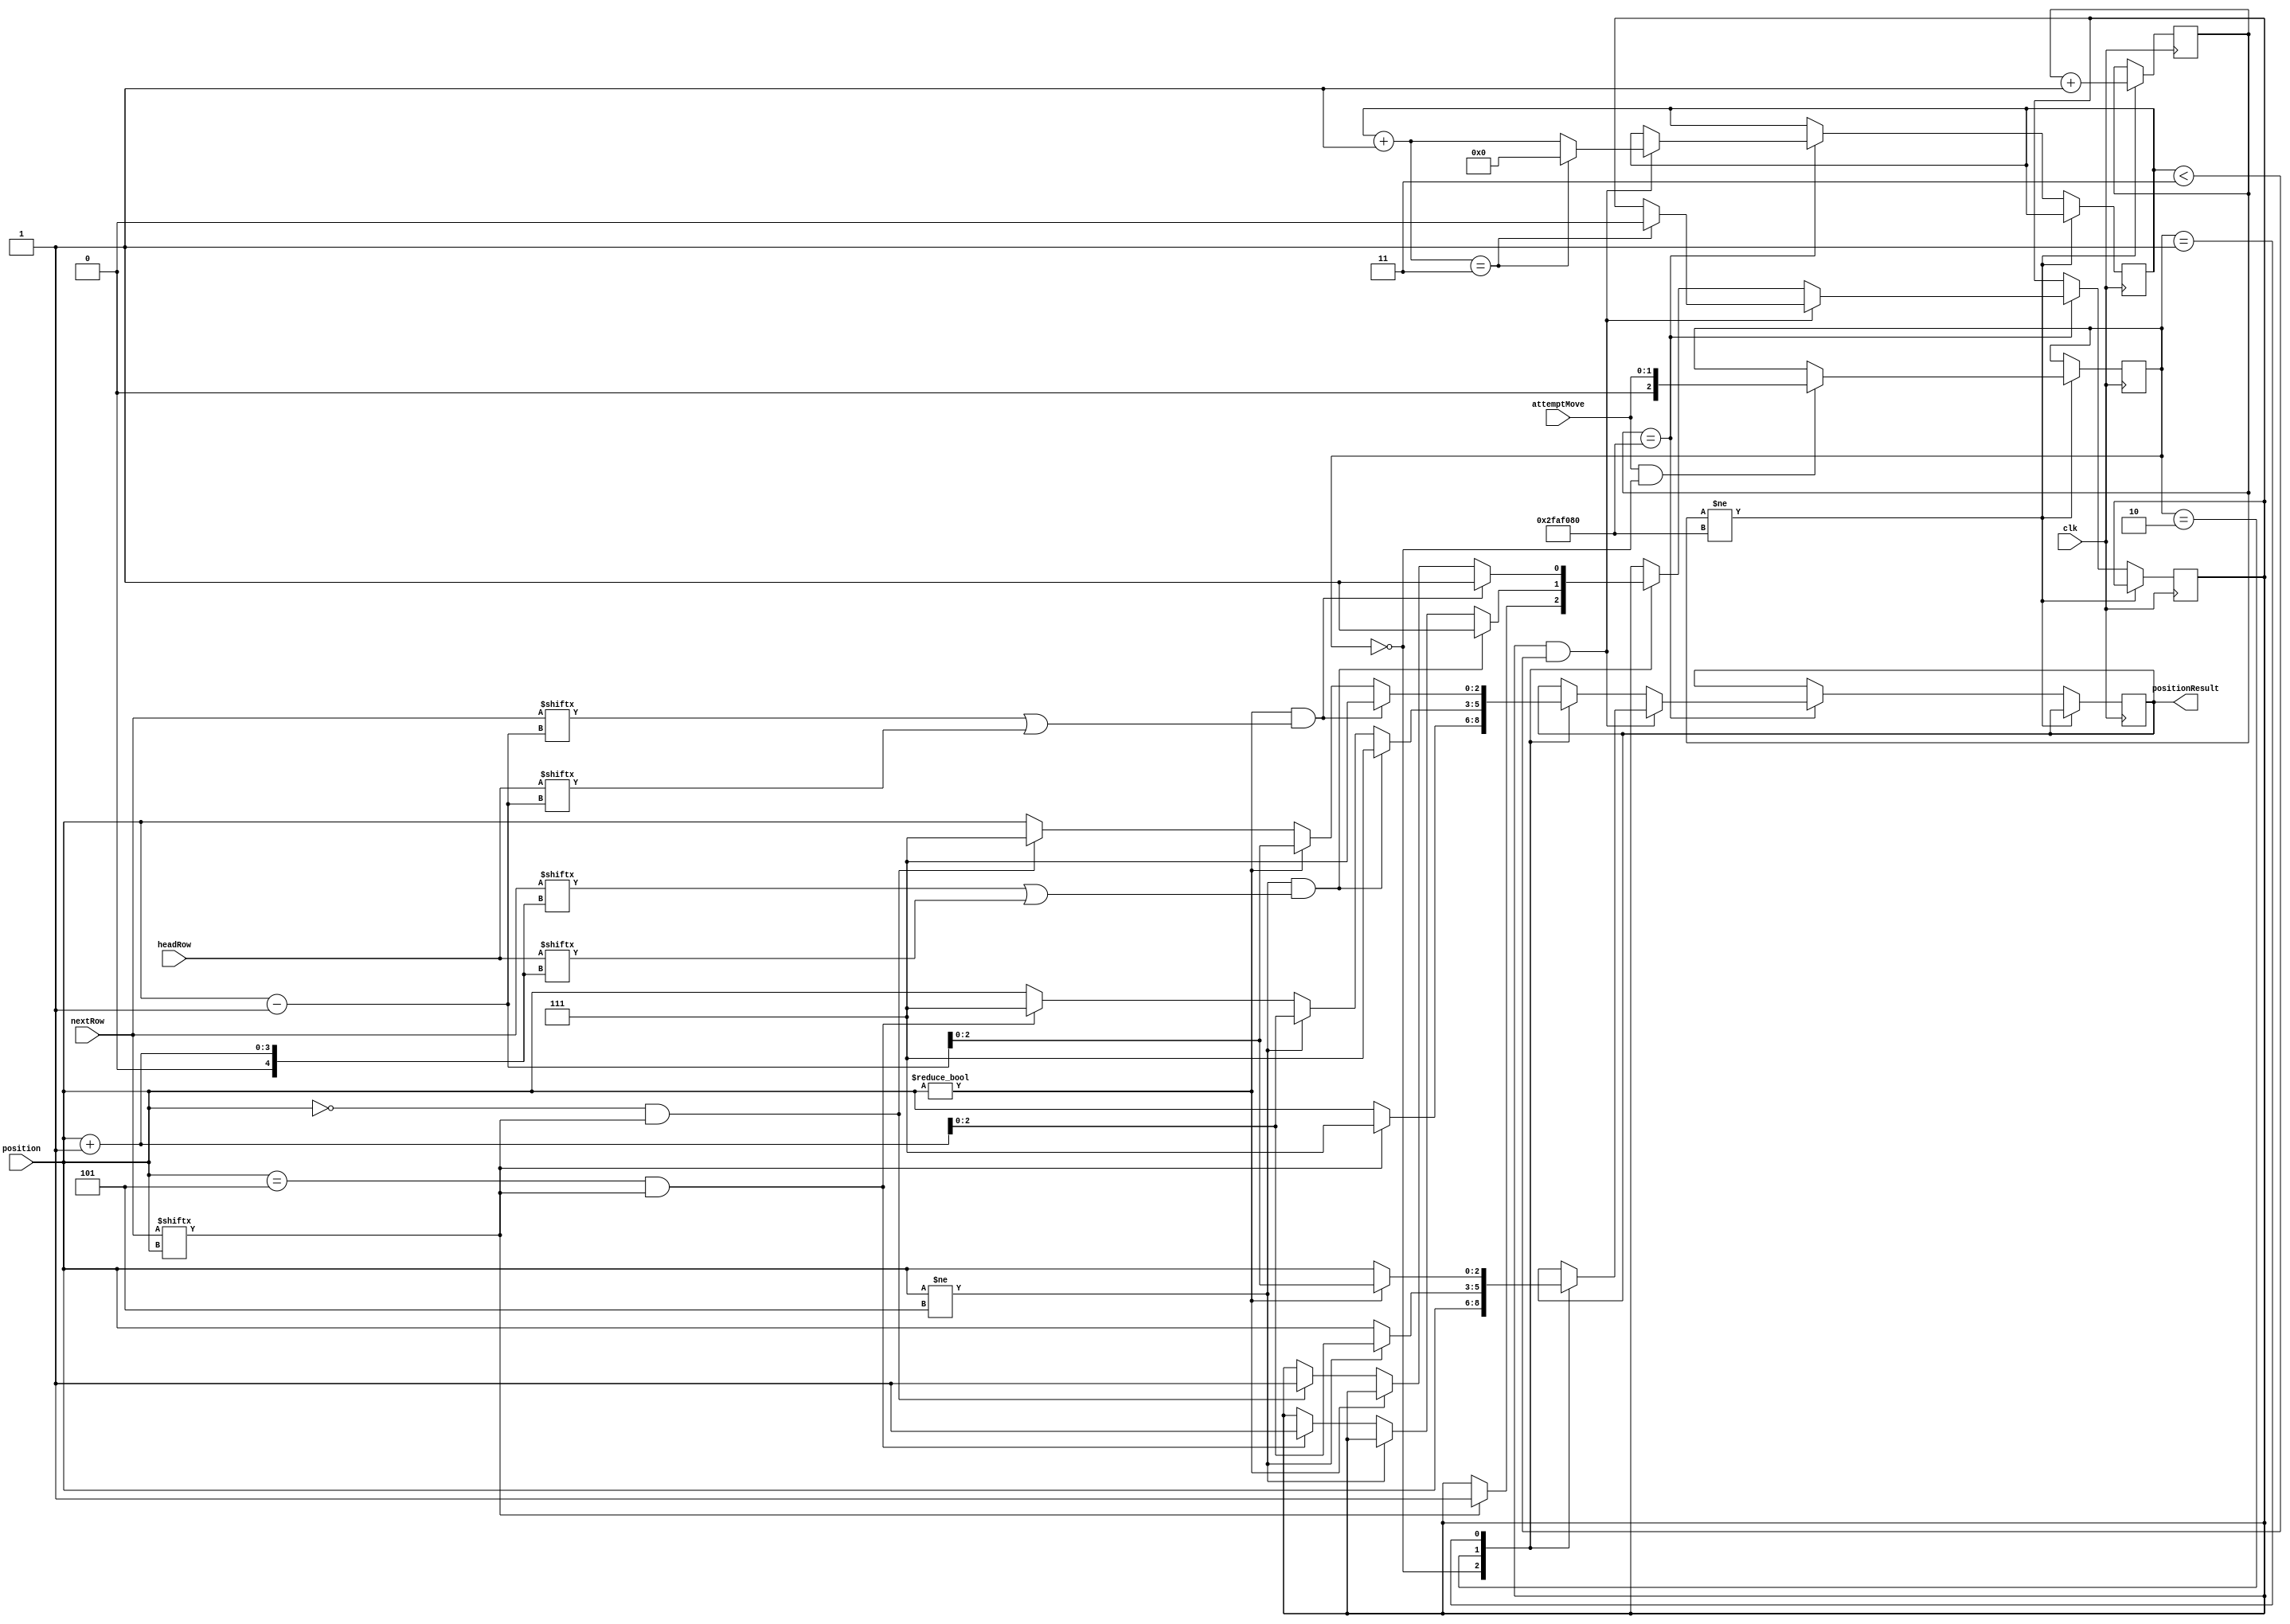
`timescale 1ns / 1ps

module moveCarImmunity (clk, nextRow, headRow, position, attemptMove, positionResult);
	input clk;
	input [5:0] nextRow, headRow;
	input [2:0] position;
	input [1:0] attemptMove;
	
	output reg [2:0] positionResult ; // 0 = alive, 1 = dead
	
	reg [31:0] clkCnt;
	
	reg immunity;
	reg [31:0] immuneCount;
	reg [2:0] moveAttempted;
	
	parameter immuneCycles = 3;	
	
	
	initial begin
	   clkCnt <= 0;
	   positionResult <= 0;
	   immunity <= 0;
	   immuneCount <= 0;
	   moveAttempted <= 0;
   end
   
   always @ (posedge clk) begin
        if (clkCnt != (100000000/2)) begin
            if (attemptMove && !moveAttempted) moveAttempted <= attemptMove;
            clkCnt <= clkCnt + 1;
        end
        else if (clkCnt == (100000000/2)) begin
            if (immunity && (immuneCount < immuneCycles)) begin // does not die, case only corrects movement
               if ((immuneCount + 1) == immuneCycles) begin
                   immunity <= 0;
                   immuneCount<= 0;
               end
               else immuneCount <= immuneCount + 1;
               
               case (moveAttempted)
                    2'b00: begin // move up
                        positionResult <= position; // return same position as next position
                    end
                    2'b10: begin // move left
                        if (position != 5) positionResult <= (position + 1); // if not on edge of board return position to left
                        else positionResult <= position; // if on edge of board and not blocked, return same position as next position
                    end
                    2'b01: begin // move right
                        if (position != 0) positionResult <= (position - 1); // if not on edge of board return position to right
                        else positionResult <= position; // if on edge of board and not blocked, return same position as next position
                    end		
                endcase
            end
           
            else begin // else check for death as well as movements, if dies change immunity
                case (moveAttempted)
                    2'b00: begin // move up
                        if (nextRow[position])begin
                            positionResult <= 3'b111; // die if position in next row same column blocked
                            immunity <= 1;
                        end
                        else positionResult <= position; // return same position as next position
                    end
                    2'b10: begin // move left
                        if ((position != 5) && (nextRow[position + 1] || headRow[position + 1])) begin // if not on edge of board die if position in (next row OR head row) in column to left blocked (i.e. head or tail collide)
                            positionResult <= 3'b111;
                            immunity <= 1;
                        end
                        else if (position != 5) positionResult <= (position + 1); // if not on edge of board return position to left
                        else if(position == 5 && nextRow[position]) begin // if on edge of board die if position in (next row OR head row) in column in same position blocked (i.e. head or tail collide)
                            positionResult <= 3'b111;
                            immunity <= 1;
                        end
                        else positionResult <= position; // if on edge of board and not blocked, return same position as next position
                    end
                    2'b01: begin // move right
                        if ((position != 0) && (nextRow[position - 1] || headRow[position - 1])) begin // if not on edge of board die if position in (next row OR head row) in column to right blocked (i.e. head or tail collide)
                            positionResult <= 3'b111;
                            immunity <= 1;
                        end
                        else if (position != 0) positionResult <= (position - 1); // if not on edge of board return position to right
                        else if(position == 0  && nextRow[position]) begin // if on edge of board die if position in (next row OR head row) in column in same position blocked (i.e. head or tail collide)
                            positionResult <= 3'b111;
                            immunity <= 1;
                        end
                        else positionResult <= position; // if on edge of board and not blocked, return same position as next position
                    end		
                endcase
            end
        end
    end
    
//	always @ (posedge clk) begin
//	   if (positionResult) begin
//           if (clkCnt == 100000000/2) begin
//               positionResult <= 0;
//           end
//       end
//       else begin
//           if (immunity && (immuneCount < immuneCycles)) begin // does not die, case only corrects movement
//               if ((immuneCount + 1) == (immuneCycles *(100000000/2))) begin
//                   immunity <= 0;
//                   immuneCount<= 0;
//               end
//               else immuneCount <= immuneCount + 1;
               
//               case (attemptMove)
//                    2'b00: begin // move up
//                        positionResult <= position; // return same position as next position
//                    end
//                    2'b10: begin // move left
//                        if (position != 5) positionResult <= (position + 1); // if not on edge of board return position to left
//                        else positionResult <= position; // if on edge of board and not blocked, return same position as next position
//                    end
//                    2'b01: begin // move right
//                        if (position != 0) positionResult <= (position - 1); // if not on edge of board return position to right
//                        else positionResult <= position; // if on edge of board and not blocked, return same position as next position
//                    end		
//                endcase
//           end
           
//           else begin // else check for death as well as movements, if dies change immunity
//                case (attemptMove)
//                    2'b00: begin // move up
//                        if (nextRow[position])begin
//                            positionResult <= 3'b111; // die if position in next row same column blocked
//                            immunity <= 1;
//                        end
//                        else positionResult <= position; // return same position as next position
//                    end
//                    2'b10: begin // move left
//                        if ((position != 5) && (nextRow[position + 1] || headRow[position + 1])) begin // if not on edge of board die if position in (next row OR head row) in column to left blocked (i.e. head or tail collide)
//                            positionResult <= 3'b111;
//                            immunity <= 1;
//                        end
//                        else if (position != 5) positionResult <= (position + 1); // if not on edge of board return position to left
//                        else if(position == 5 && nextRow[position]) begin // if on edge of board die if position in (next row OR head row) in column in same position blocked (i.e. head or tail collide)
//                            positionResult <= 3'b111;
//                            immunity <= 1;
//                        end
//                        else positionResult <= position; // if on edge of board and not blocked, return same position as next position
//                    end
//                    2'b01: begin // move right
//                        if ((position != 0) && (nextRow[position - 1] || headRow[position - 1])) begin // if not on edge of board die if position in (next row OR head row) in column to right blocked (i.e. head or tail collide)
//                            positionResult <= 3'b111;
//                            immunity <= 1;
//                        end
//                        else if (position != 0) positionResult <= (position - 1); // if not on edge of board return position to right
//                        else if(position == 0  && nextRow[position]) begin // if on edge of board die if position in (next row OR head row) in column in same position blocked (i.e. head or tail collide)
//                            positionResult <= 3'b111;
//                            immunity <= 1;
//                        end
//                        else positionResult <= position; // if on edge of board and not blocked, return same position as next position
//                    end		
//                endcase
//            end
//        end
//	end
	
endmodule